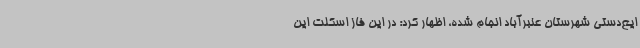
ایع‌دستی شهرستان عنبرآباد انجام شده، اظهار کرد: در این فاز اسکلت این